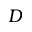
D